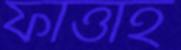
ফাত্তাহ